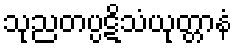
သုညတပ္ပဋိသံယုတ္တာနံ